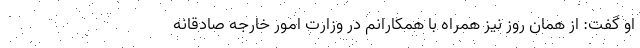
او گفت: از همان روز نیز همراه با همکارانم در وزارت امور خارجه صادقانه